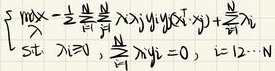
求最大值：
\[
\begin{align*}
&\max \sum_{i} \lambda_{i} - \frac{1}{2} \sum_{i = 1}^{N} \sum_{j} \lambda_{i} \lambda_{j} y_{i} y_{j} K(x_{i}, x_{j}) + \frac{1}{2} \sum_{i} \lambda_{i}\\
\end{align*}
\]
约束条件：
\[
\begin{cases}
\lambda_{i} \geq 0\\
\sum_{i = 1}^{N} \lambda_{i} y_{i} = 0, & i = 1,2,\cdots,N
\end{cases}
\]